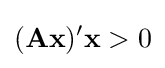
(\mathbf {Ax} )'\mathbf {x} >0